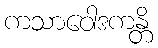
ကသာဝေါဒကန္တိ